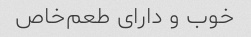
خوب و دارای طعم‌خاص